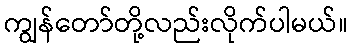
ကျွန်တော်တို့လည်းလိုက်ပါမယ်။